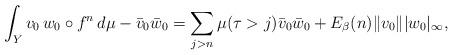
LaTeX: \begin{align*} \int_Y v_0\,w_0\circ f^n\,d\mu- \bar v_0\bar w_0= \sum_{j>n}\mu(\tau>j) \bar v_0\bar w_0 +E_\beta(n)\|v_0\||w_0|_\infty,\end{align*}